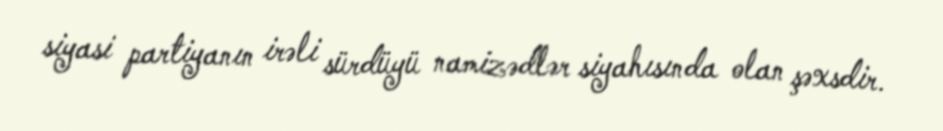
siyasi partiyanın irəli sürdüyü namizədlər siyahısında olan şəxsdir.